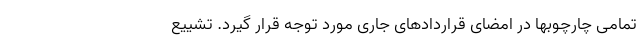
تمامی چارچوبها در امضای قراردادهای جاری مورد توجه قرار گیرد. تشییع